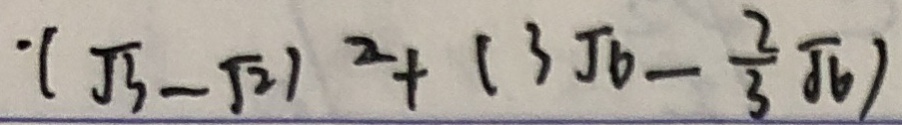
( \sqrt { 3 } - \sqrt { 2 } ) ^ { 2 } + ( 3 \sqrt { 6 } - \frac { 2 } { 3 } \sqrt { 6 } )